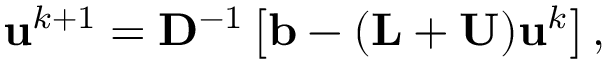
\mathbf { u } ^ { k + 1 } = \mathbf { D } ^ { - 1 } \left[ \mathbf { b } - ( \mathbf { L } + \mathbf { U } ) \mathbf { u } ^ { k } \right] ,